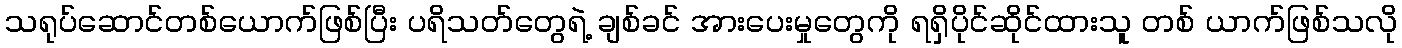
သရုပ်ဆောင်တစ်ယောက်ဖြစ်ပြီး ပရိသတ်တွေရဲ့ ချစ်ခင် အားပေးမှုတွေကို ရရှိပိုင်ဆိုင်ထားသူ တစ် ယာက်ဖြစ်သလို